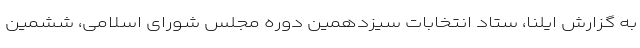
به گزارش ایلنا، ستاد انتخابات سیزدهمین دوره مجلس شورای اسلامی، ششمین